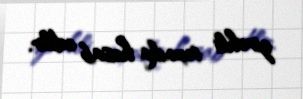
zirehli texnika hesab edilir.